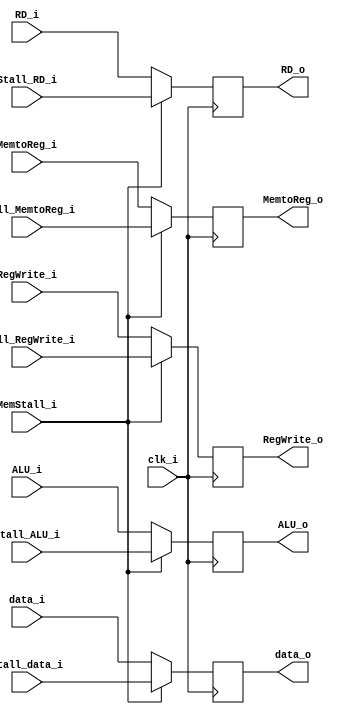
module MEM_WB
(
    input            clk_i,
    input   [31:0]   ALU_i,
    input   [31:0]   data_i,
    input   [4:0]    RD_i,
    input            MemtoReg_i,
    input            RegWrite_i,
    input            MemStall_i,
    input   [31:0]   Stall_ALU_i,
    input   [31:0]   Stall_data_i,
    input   [4:0]    Stall_RD_i,
    input            Stall_MemtoReg_i,
    input            Stall_RegWrite_i,
    output  [31:0]   ALU_o,
    output  [31:0]   data_o,
    output  [4:0]    RD_o,
    output           MemtoReg_o,
    output           RegWrite_o
);

reg     [31:0]     ALU_o, data_o;
reg     [4:0]      RD_o;
reg                MemtoReg_o, RegWrite_o;

always @ (posedge clk_i) begin
    if(MemStall_i) begin
        ALU_o <= Stall_ALU_i;
        data_o <= Stall_data_i;
        RD_o <= Stall_RD_i;
        MemtoReg_o <= Stall_MemtoReg_i;
        RegWrite_o <= Stall_RegWrite_i;
    end
    else begin
        ALU_o <= ALU_i;
        data_o <= data_i;
        RD_o <= RD_i;
        MemtoReg_o <= MemtoReg_i;
        RegWrite_o <= RegWrite_i;
    end
end

endmodule